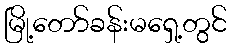
မြို့တော်ခန်းမရှေ့တွင်